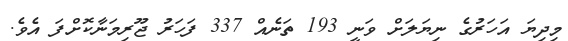
މިދިޔަ އަހަރުގެ ނިޔަލަށް ވަނީ 193 ތަނެއް 337 ފަހަރު ޖޫރިމަނާކޮށްފަ އެވެ.